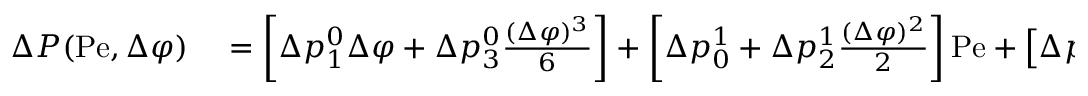
\begin{array} { r l } { \Delta P ( \mathrm { P e } , \Delta \varphi ) } & { { } = \left[ \Delta p _ { 1 } ^ { 0 } \Delta \varphi + \Delta p _ { 3 } ^ { 0 } \frac { ( \Delta \varphi ) ^ { 3 } } { 6 } \right] + \left[ \Delta p _ { 0 } ^ { 1 } + \Delta p _ { 2 } ^ { 1 } \frac { ( \Delta \varphi ) ^ { 2 } } { 2 } \right] \mathrm { P e } + \left[ \Delta p _ { 1 } ^ { 2 } \Delta \varphi \right] \frac { ( \mathrm { P e } ) ^ { 2 } } { 2 } + \left[ \Delta p _ { 0 } ^ { 3 } \right] \frac { ( \mathrm { P e } ) ^ { 3 } } { 3 ! } . } \end{array}